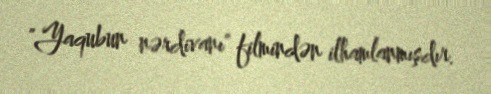
"Yaqubun nərdivanı" filmindən ilhamlanmışdır.